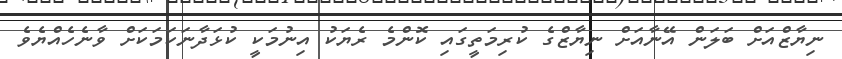
ނިޔާޒްއަށް ބަލަން އޭނާއަށް ނިޔާޒްގެ ކުރިމަތީގައި ކޮންމެ ރެޔަކު އިނުމަކީ ކުޅަދާނަކަމަކަށް ވާނެހެއްޔެވެ